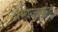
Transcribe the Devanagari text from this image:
अम्बज्हक्कड़